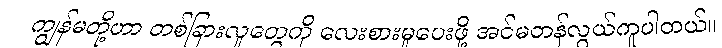
ကျွန်မတို့ဟာ တစ်ခြားလူတွေကို လေးစားမှုပေးဖို့ အင်မတန်လွယ်ကူပါတယ်။